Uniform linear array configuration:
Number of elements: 32
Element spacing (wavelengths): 0.75
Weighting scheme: uniform
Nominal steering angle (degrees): -15
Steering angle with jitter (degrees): -14.465
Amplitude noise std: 0.05
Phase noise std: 0.05

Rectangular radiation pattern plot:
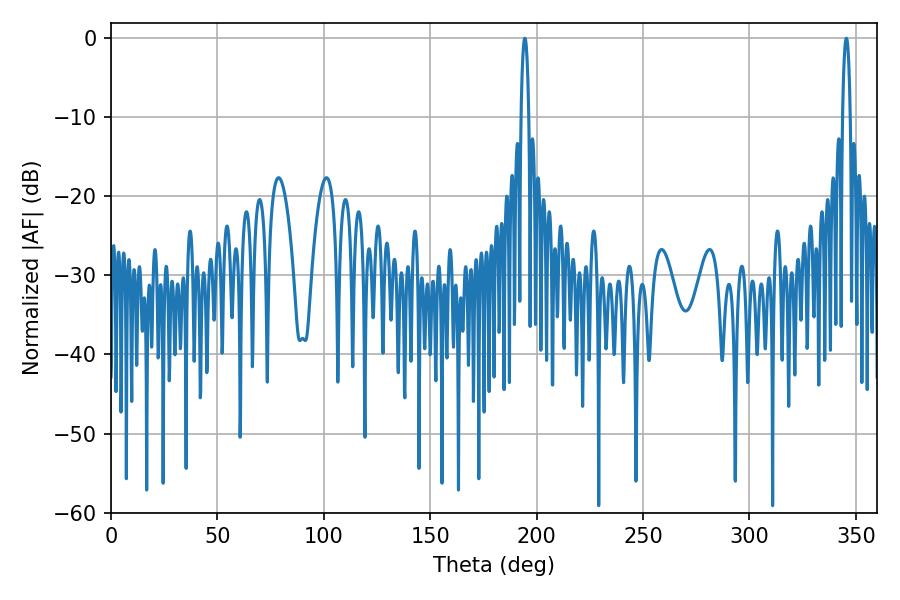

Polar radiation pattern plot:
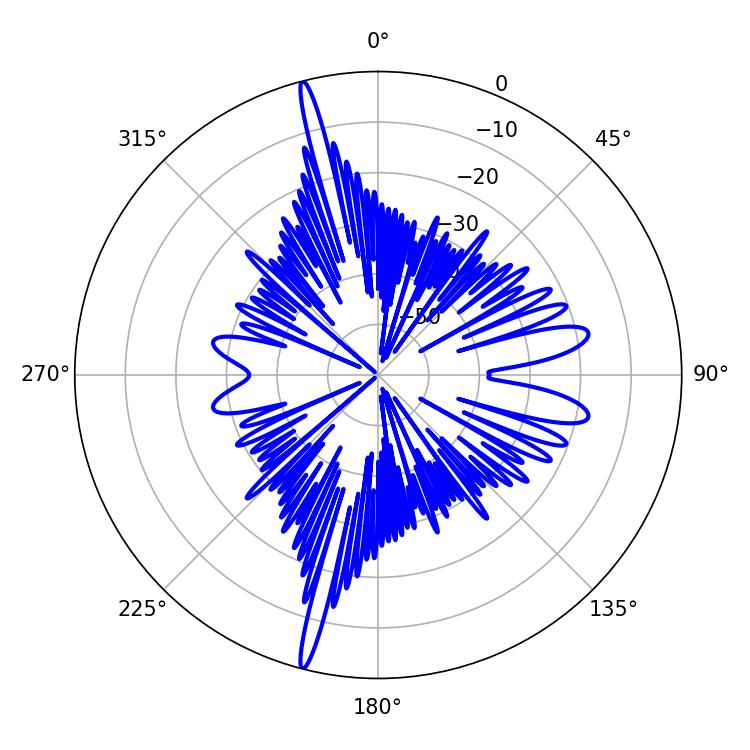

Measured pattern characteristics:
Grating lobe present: TRUE
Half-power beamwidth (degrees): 1.98
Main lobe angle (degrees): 194.4